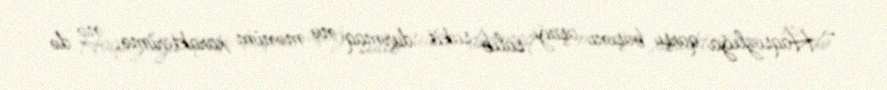
- Haqsızlığa qarşı başını aşağı salıb sakit durmaq nə mənim xarakterimə, nə də